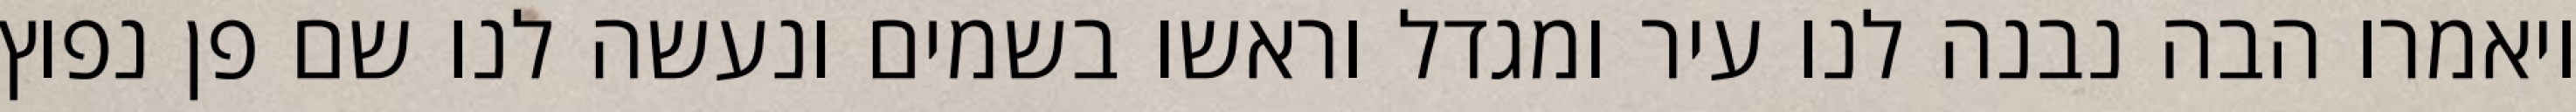
ויאמרו הבה נבנה לנו עיר ומגדל וראשו בשמים ונעשה לנו שם פן נפוץ